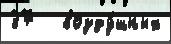
37   возду́шных